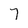
Character: 7